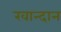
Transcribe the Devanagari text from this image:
खान्दान